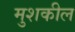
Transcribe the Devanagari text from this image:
मुशकील